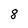
Character: 8